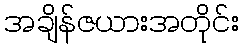
အချိန်ဇယားအတိုင်း